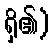
ရှိ၏)